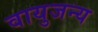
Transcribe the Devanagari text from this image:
वायुजन्य